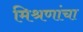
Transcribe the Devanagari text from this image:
मिश्रणांचा